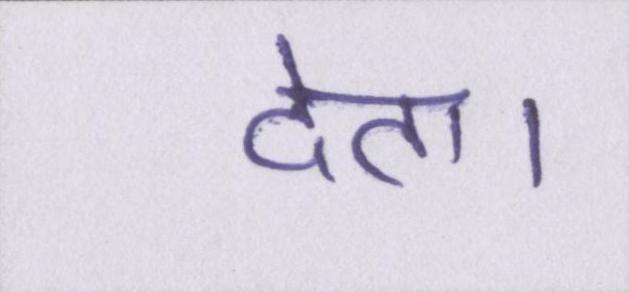
देता।